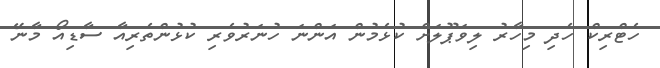
ހެޓްރިކް ހެދި މިހާރު ލިވަޕޫލަށް ކުޅެމުން އަންނަ ހުނަރުވެރި ކުޅުންތެރިއާ ސާޑިއޯ މާނޭ